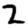
Digit: 2